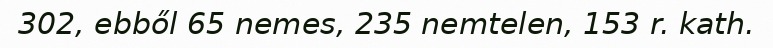
302, ebből 65 nemes, 235 nemtelen, 153 r. kath.